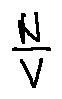
\frac { N } { V }